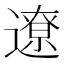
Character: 遼